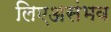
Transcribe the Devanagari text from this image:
लिएअसंभव